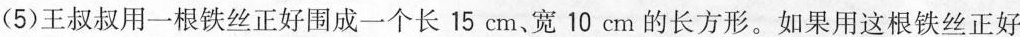
（5）王叔叔用一根铁丝正好围成一个长15cm、宽10cm的长方形。如果用这根铁丝正好